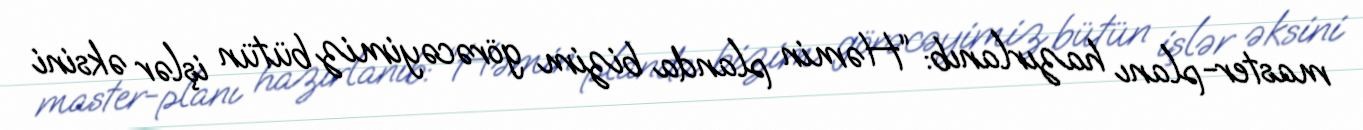
master-planı hazırlanıb: “Həmin planda bizim görəcəyimiz bütün işlər əksini